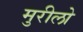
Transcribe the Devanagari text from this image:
मुरीलो